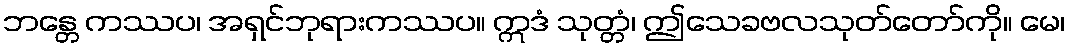
ဘန္တေ ကဿပ၊ အရှင်ဘုရားကဿပ။ ဣဒံ သုတ္တံ၊ ဤသေခဗလသုတ်တော်ကို။ မေ၊